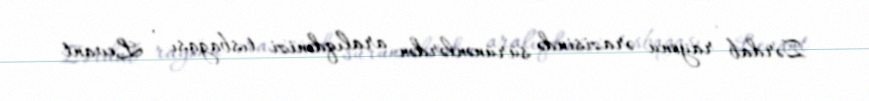
Zərdab rayonu ərazisində sürünənlərdən aralıqdənizi tısbağası , Levant